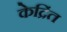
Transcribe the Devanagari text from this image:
केद्रिंत